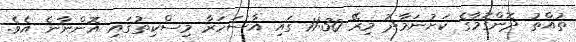
ތުއްތު ދޮންގޮމާގެ ކަށުނަމާދު މިރޭ 11:30 ގައި އާސަހަރާ މިސްކިތުގައި އޮންނާނެ އެވެ.